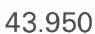
43.950